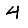
Digit: 4